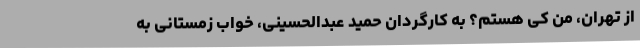
از تهران، من کی هستم؟ به کارگردان حمید عبدالحسینی، خواب زمستانی به